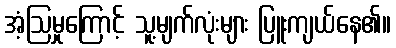
အံ့ဩမှုကြောင့် သူ့မျက်လုံးများ ပြူးကျယ်နေ၏။